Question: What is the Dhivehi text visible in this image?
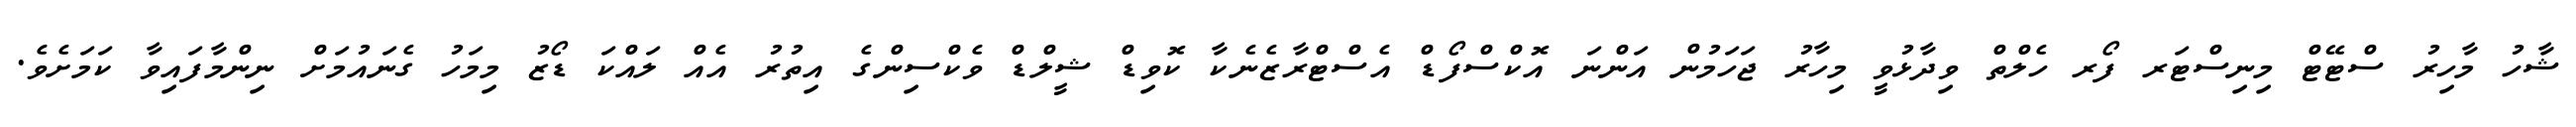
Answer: ޝާހު މާހިރު ސްޓޭޓް މިނިސްޓަރ ފޯރ ހެލްތް ވިދާޅުވީ މިހާރު ޖަހަމުން އަންނަ އޮކްސްފޯޑް އެސްޓްރާޒެނެކާ ކޮވިޑް ޝީލްޑް ވެކްސިންގެ އިތުރު އެއް ލައްކަ ޑޯޒު މިމަހު ގެނައުމަށް ނިންމާފައިވާ ކަމަށެވެ.